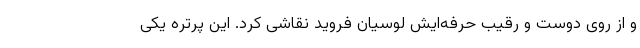
و از روی دوست و رقیب حرفه‌ایش لوسیان فروید نقاشی کرد. این پرتره یکی